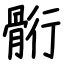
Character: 䯒